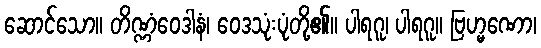
ဆောင်သော။ တိဏ္ဏံဝေဒါနံ၊ ဝေဒသုံးပုံတို့၏။ ပါရဂူ၊ ပါရဂူ။ ဗြဟ္မဏော၊